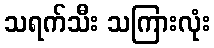
သရက်သီး သကြားလုံး